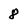
Character: 8